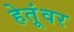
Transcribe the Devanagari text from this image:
हेतूंवर